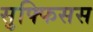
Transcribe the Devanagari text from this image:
सुफ्फिसस